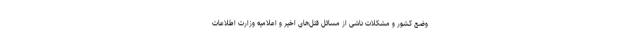
وضع كشور و مشكلات ناشى از مسائل قتل‌هاى اخیر و اعلامیه وزارت اطلاعات